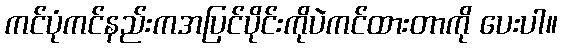
ကင်ပုံကင်နည်းကအပြင်ပိုင်းကိုပဲကင်ထားတာကို ပေးပါ။